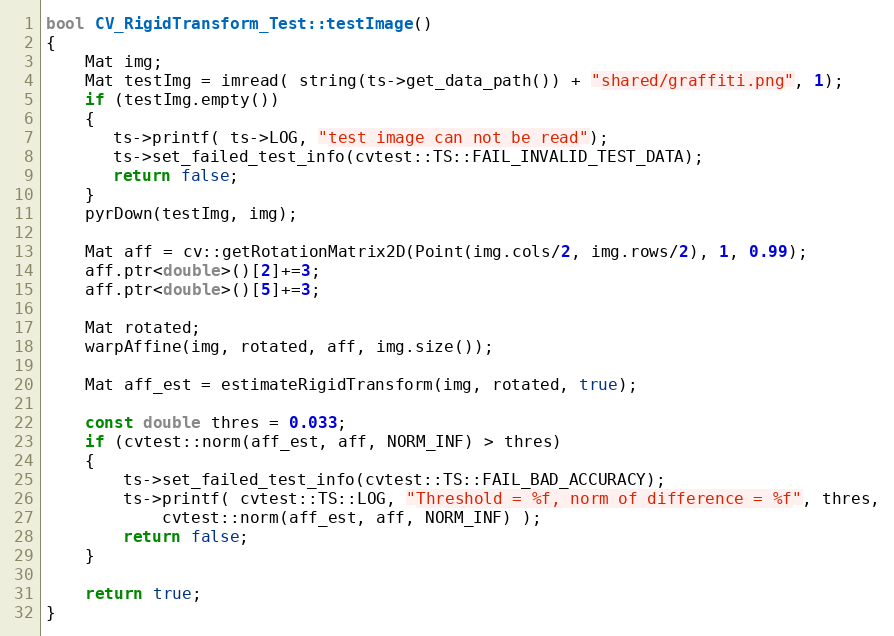
Language: C++
bool CV_RigidTransform_Test::testImage()
{
    Mat img;
    Mat testImg = imread( string(ts->get_data_path()) + "shared/graffiti.png", 1);
    if (testImg.empty())
    {
       ts->printf( ts->LOG, "test image can not be read");
       ts->set_failed_test_info(cvtest::TS::FAIL_INVALID_TEST_DATA);
       return false;
    }
    pyrDown(testImg, img);

    Mat aff = cv::getRotationMatrix2D(Point(img.cols/2, img.rows/2), 1, 0.99);
    aff.ptr<double>()[2]+=3;
    aff.ptr<double>()[5]+=3;

    Mat rotated;
    warpAffine(img, rotated, aff, img.size());

    Mat aff_est = estimateRigidTransform(img, rotated, true);

    const double thres = 0.033;
    if (cvtest::norm(aff_est, aff, NORM_INF) > thres)
    {
        ts->set_failed_test_info(cvtest::TS::FAIL_BAD_ACCURACY);
        ts->printf( cvtest::TS::LOG, "Threshold = %f, norm of difference = %f", thres,
            cvtest::norm(aff_est, aff, NORM_INF) );
        return false;
    }

    return true;
}